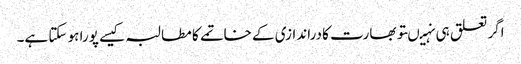
اگر تعلق ہی نہیںتو بھارت کا دراندازی کے خاتمے کا مطالبہ کیسے پورا ہو سکتا ہے۔